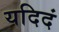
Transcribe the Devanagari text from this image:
यदिदं